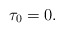
\begin{align*}\tau_{0}=0.\end{align*}